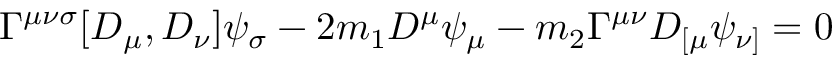
\Gamma ^ { \mu \nu \sigma } [ D _ { \mu } , D _ { \nu } ] \psi _ { \sigma } - 2 m _ { 1 } D ^ { \mu } \psi _ { \mu } - m _ { 2 } \Gamma ^ { \mu \nu } D _ { [ \mu } \psi _ { \nu ] } = 0